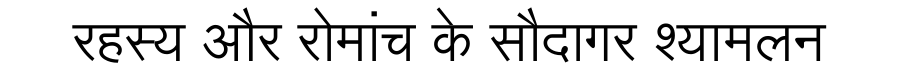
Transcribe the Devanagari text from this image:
रहस्य और रोमांच के सौदागर श्यामलन